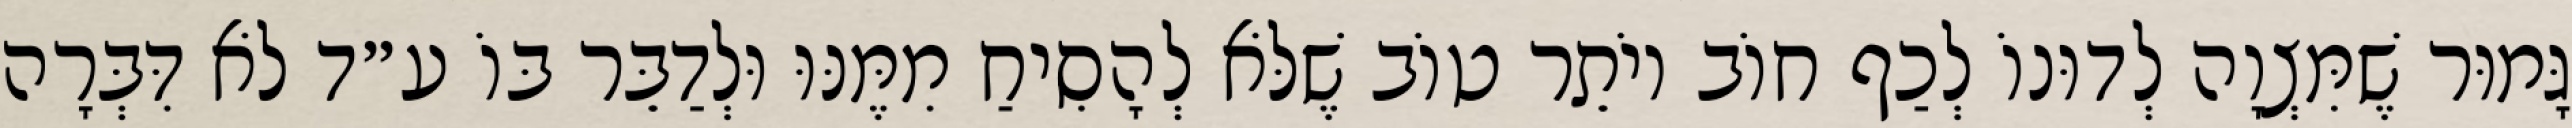
גָּמוּר שֶׁמִּצְוָה לְדוּנוֹ לְכַף חוֹב יוֹתֵר טוֹב שֶׁלֹּא לְהָסִיחַ מִמֶּנּוּ וּלְדַבֵּר בּוֹ ע״ד לֹא דִּבְּרָה